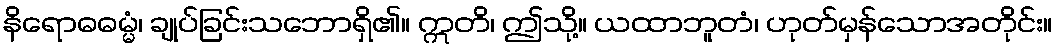
နိရောဓဓမ္မံ၊ ချုပ်ခြင်းသဘောရှိ၏။ ဣတိ၊ ဤသို့။ ယထာဘူတံ၊ ဟုတ်မှန်သောအတိုင်း။